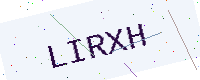
Text: LIRXH